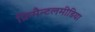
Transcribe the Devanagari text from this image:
फ्रिमैन्टलमीडिया